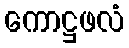
ကောဋ္ဌဖလံ